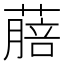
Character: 𦺎